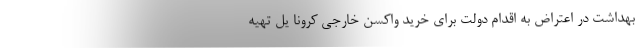
بهداشت در اعتراض به اقدام دولت برای خرید واکسن خارجی کرونا یل تهیه